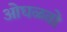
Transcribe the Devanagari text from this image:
ओघळतो